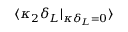
\langle \kappa _ { 2 } \delta _ { L } | _ { \kappa \delta _ { L } = 0 } \rangle